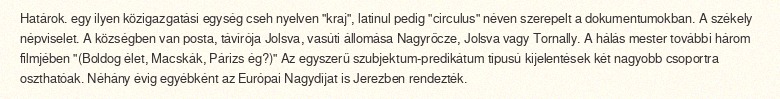
Határok. egy ilyen közigazgatási egység cseh nyelven "kraj", latinul pedig "circulus" néven szerepelt a dokumentumokban. A székely népviselet. A községben van posta, távírója Jolsva, vasúti állomása Nagyrőcze, Jolsva vagy Tornally. A hálás mester további három filmjében "(Boldog élet, Macskák, Párizs ég?)" Az egyszerű szubjektum-predikátum típusú kijelentések két nagyobb csoportra oszthatóak. Néhány évig egyébként az Európai Nagydíjat is Jerezben rendezték.